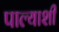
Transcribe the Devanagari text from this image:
पाल्याशी